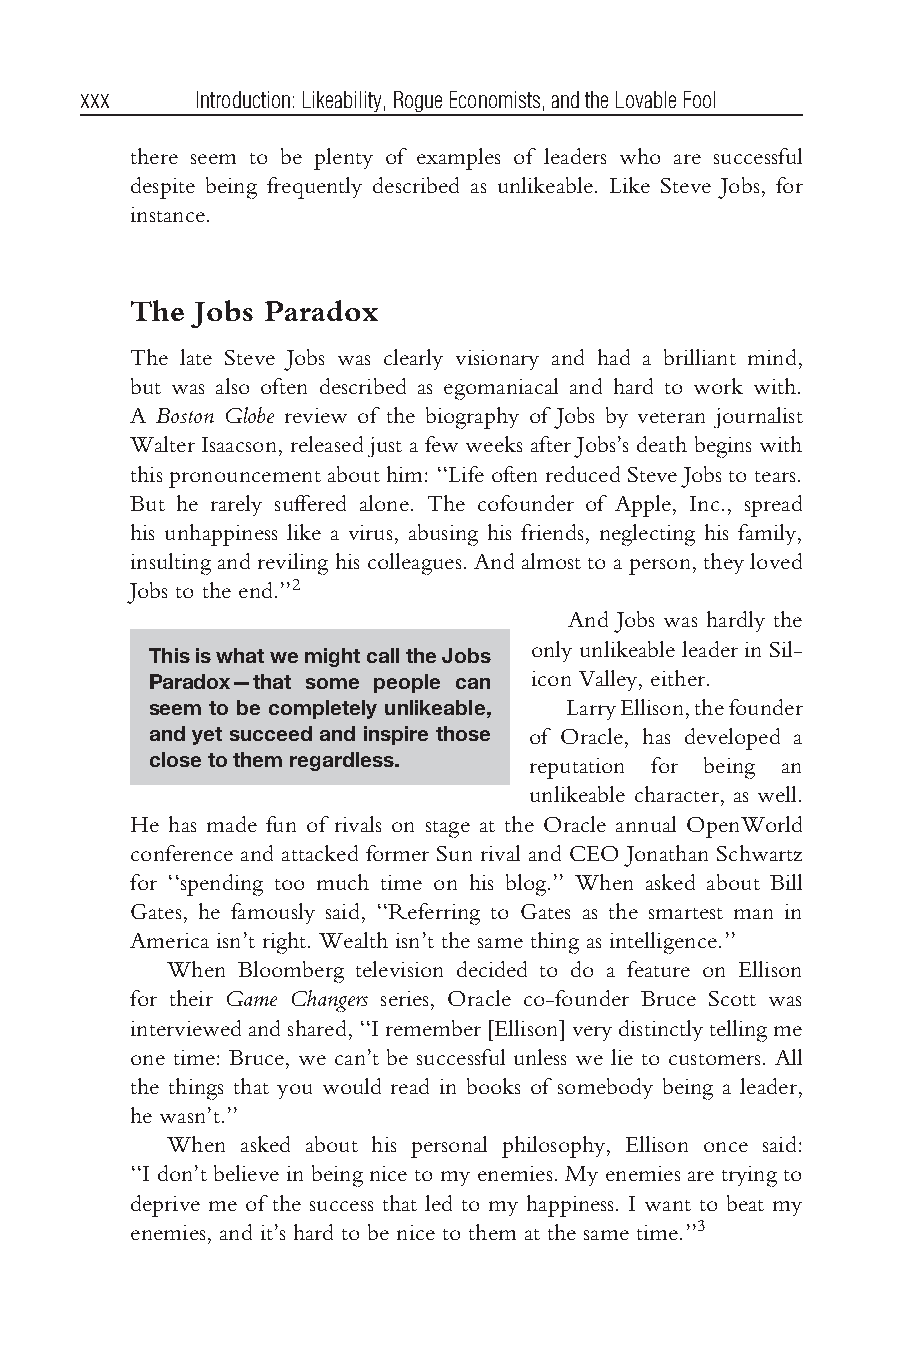
Bhargava flast3.tex V3-04/06/2012 11:22A.M. Pagexxx
 xxx     Introduction:Likeability,RogueEconomists,andtheLovableFool
 there seem to be plenty of examples of leaders who are successful
 despite being frequently described as unlikeable. Like Steve Jobs, for
 instance.
 The  Jobs Paradox
 The late Steve Jobs was clearly visionary and had a brilliant mind,
 but was also often described as egomaniacal and hard to work with.
 A Boston Globe review of the biography of Jobs by veteran journalist
 Walter Isaacson, released just a few weeks after Jobs’s death begins with
 thispronouncementabouthim:‘‘LifeoftenreducedSteveJobstotears.
 But he rarely suffered alone. The cofounder of Apple, Inc., spread
 his unhappiness like a virus, abusing his friends, neglecting his family,
 insultingandrevilinghiscolleagues.Andalmosttoaperson,theyloved
 Jobs to the end.’’2
 And Jobs was hardly the
 only unlikeable leader in Sil-
 ThisiswhatwemightcalltheJobs
 Paradox—that some people can icon Valley, either.
 seem to be completely unlikeable, LarryEllison,thefounder
 and yet succeed and inspire those of Oracle, has developed a
 closetothemregardless.   reputation for being an
 unlikeable character, as well.
 He has made fun of rivals on stage at the Oracle annual OpenWorld
 conference and attacked former Sun rival and CEO Jonathan Schwartz
 for ‘‘spending too much time on his blog.’’ When asked about Bill
 Gates, he famously said, ‘‘Referring to Gates as the smartest man in
 America isn’t right. Wealth isn’t the same thing as intelligence.’’
 When Bloomberg television decided to do a feature on Ellison
 for their Game Changers series, Oracle co-founder Bruce Scott was
 interviewedandshared,‘‘Iremember[Ellison]verydistinctlytellingme
 one time: Bruce, we can’t be successful unless we lie to customers. All
 the things that you would read in books of somebody being a leader,
 he wasn’t.’’
 When asked about his personal philosophy, Ellison once said:
 ‘‘Idon’tbelieveinbeingnicetomyenemies.Myenemiesare tryingto
 deprive me of the success that led to my happiness. I want to beat my
 enemies, and it’s hard to be nice to them at the same time.’’3